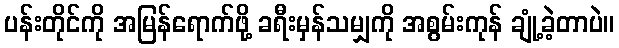
ပန်းတိုင်ကို အမြန်ရောက်ဖို့ ခရီးမှန်သမျှကို အစွမ်းကုန် ချုံ့ခဲ့တာပဲ။